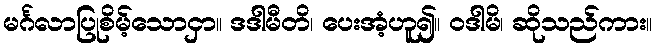
မင်္ဂလာပြုစိမ့်သောငှာ။ ဒဒါမီတိ၊ ပေးအံ့ဟူ၍။ ဝဒါမိ၊ ဆိုသည်ကား။